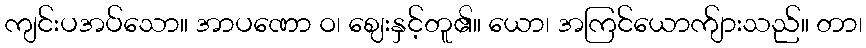
ကျင်းပအပ်သော။ အာပဏော ဝ၊ ဈေးနှင့်တူ၏။ ယော၊ အကြင်ယောက်ျားသည်။ တာ၊